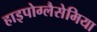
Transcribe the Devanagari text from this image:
हाइपोग्लैसेमिया